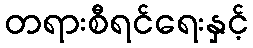
တရားစီရင်ရေးနှင့်